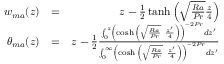
\begin{array} { r l r } { w _ { m a } ( z ) } & { = } & { z - \frac { 1 } { 2 } \operatorname { t a n h } \left( \sqrt { \frac { R a } { P r } } \frac { z } { 4 } \right) } \\ { \theta _ { m a } ( z ) } & { = } & { z - \frac { 1 } { 2 } \frac { \int _ { 0 } ^ { z } \left( \cosh { \left( \sqrt { \frac { R a } { P r } } \ \frac { z ^ { \prime } } { 4 } \right) } \right) ^ { - 2 P r } d z ^ { \prime } } { \int _ { 0 } ^ { \infty } \left( \cosh { \left( \sqrt { \frac { R a } { P r } } \ \frac { z ^ { \prime } } { 4 } \right) } \right) ^ { - 2 P r } d z ^ { \prime } } } \end{array}